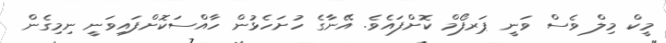
މީކް މިލް ވެސް ވަނީ ޕަރފޯމް ކޮށްފައެވެ. އޭނާގެ ހުށަހެޅުން ހާއްސަކޮށްފައިވަނީ ނިމިގެން